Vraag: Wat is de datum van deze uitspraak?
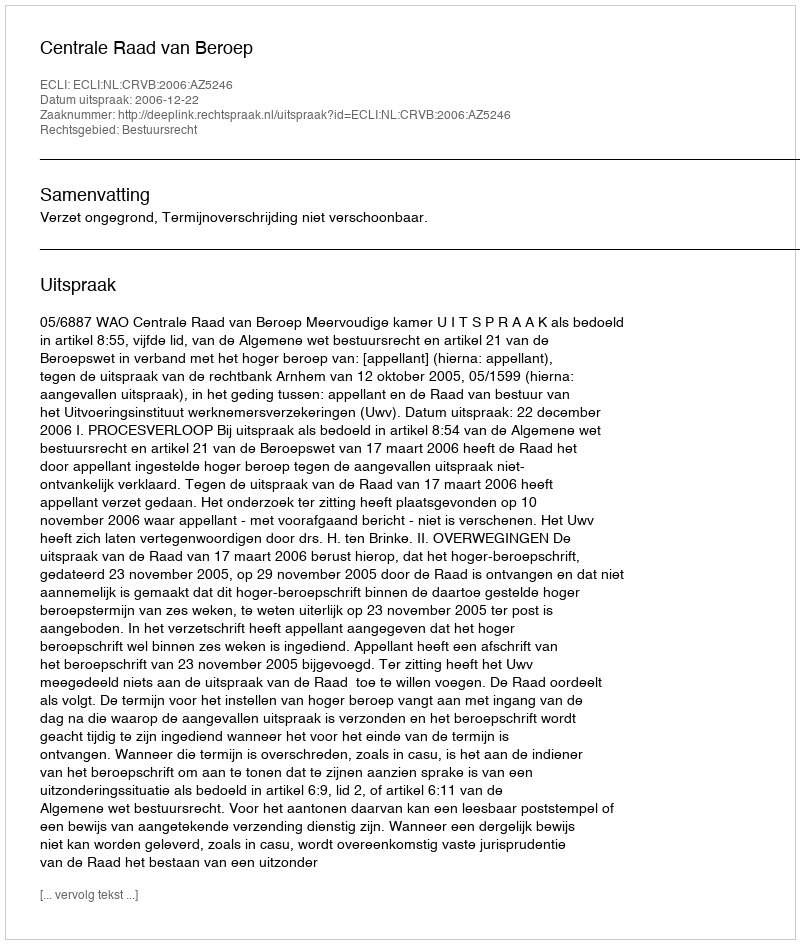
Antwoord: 2006-12-22